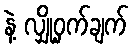
နဲ့ လျှို့ဝှက်ချက်